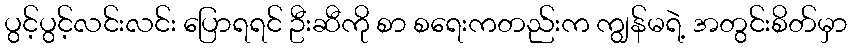
ပွင့်ပွင့်လင်းလင်း ပြောရရင် ဦးဆီကို စာ စရေးကတည်းက ကျွန်မရဲ့ အတွင်းစိတ်မှာ